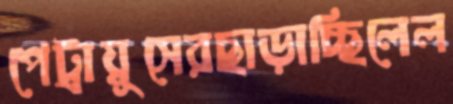
পেট্রায়ুসেরছাড়াচ্ছিলেল